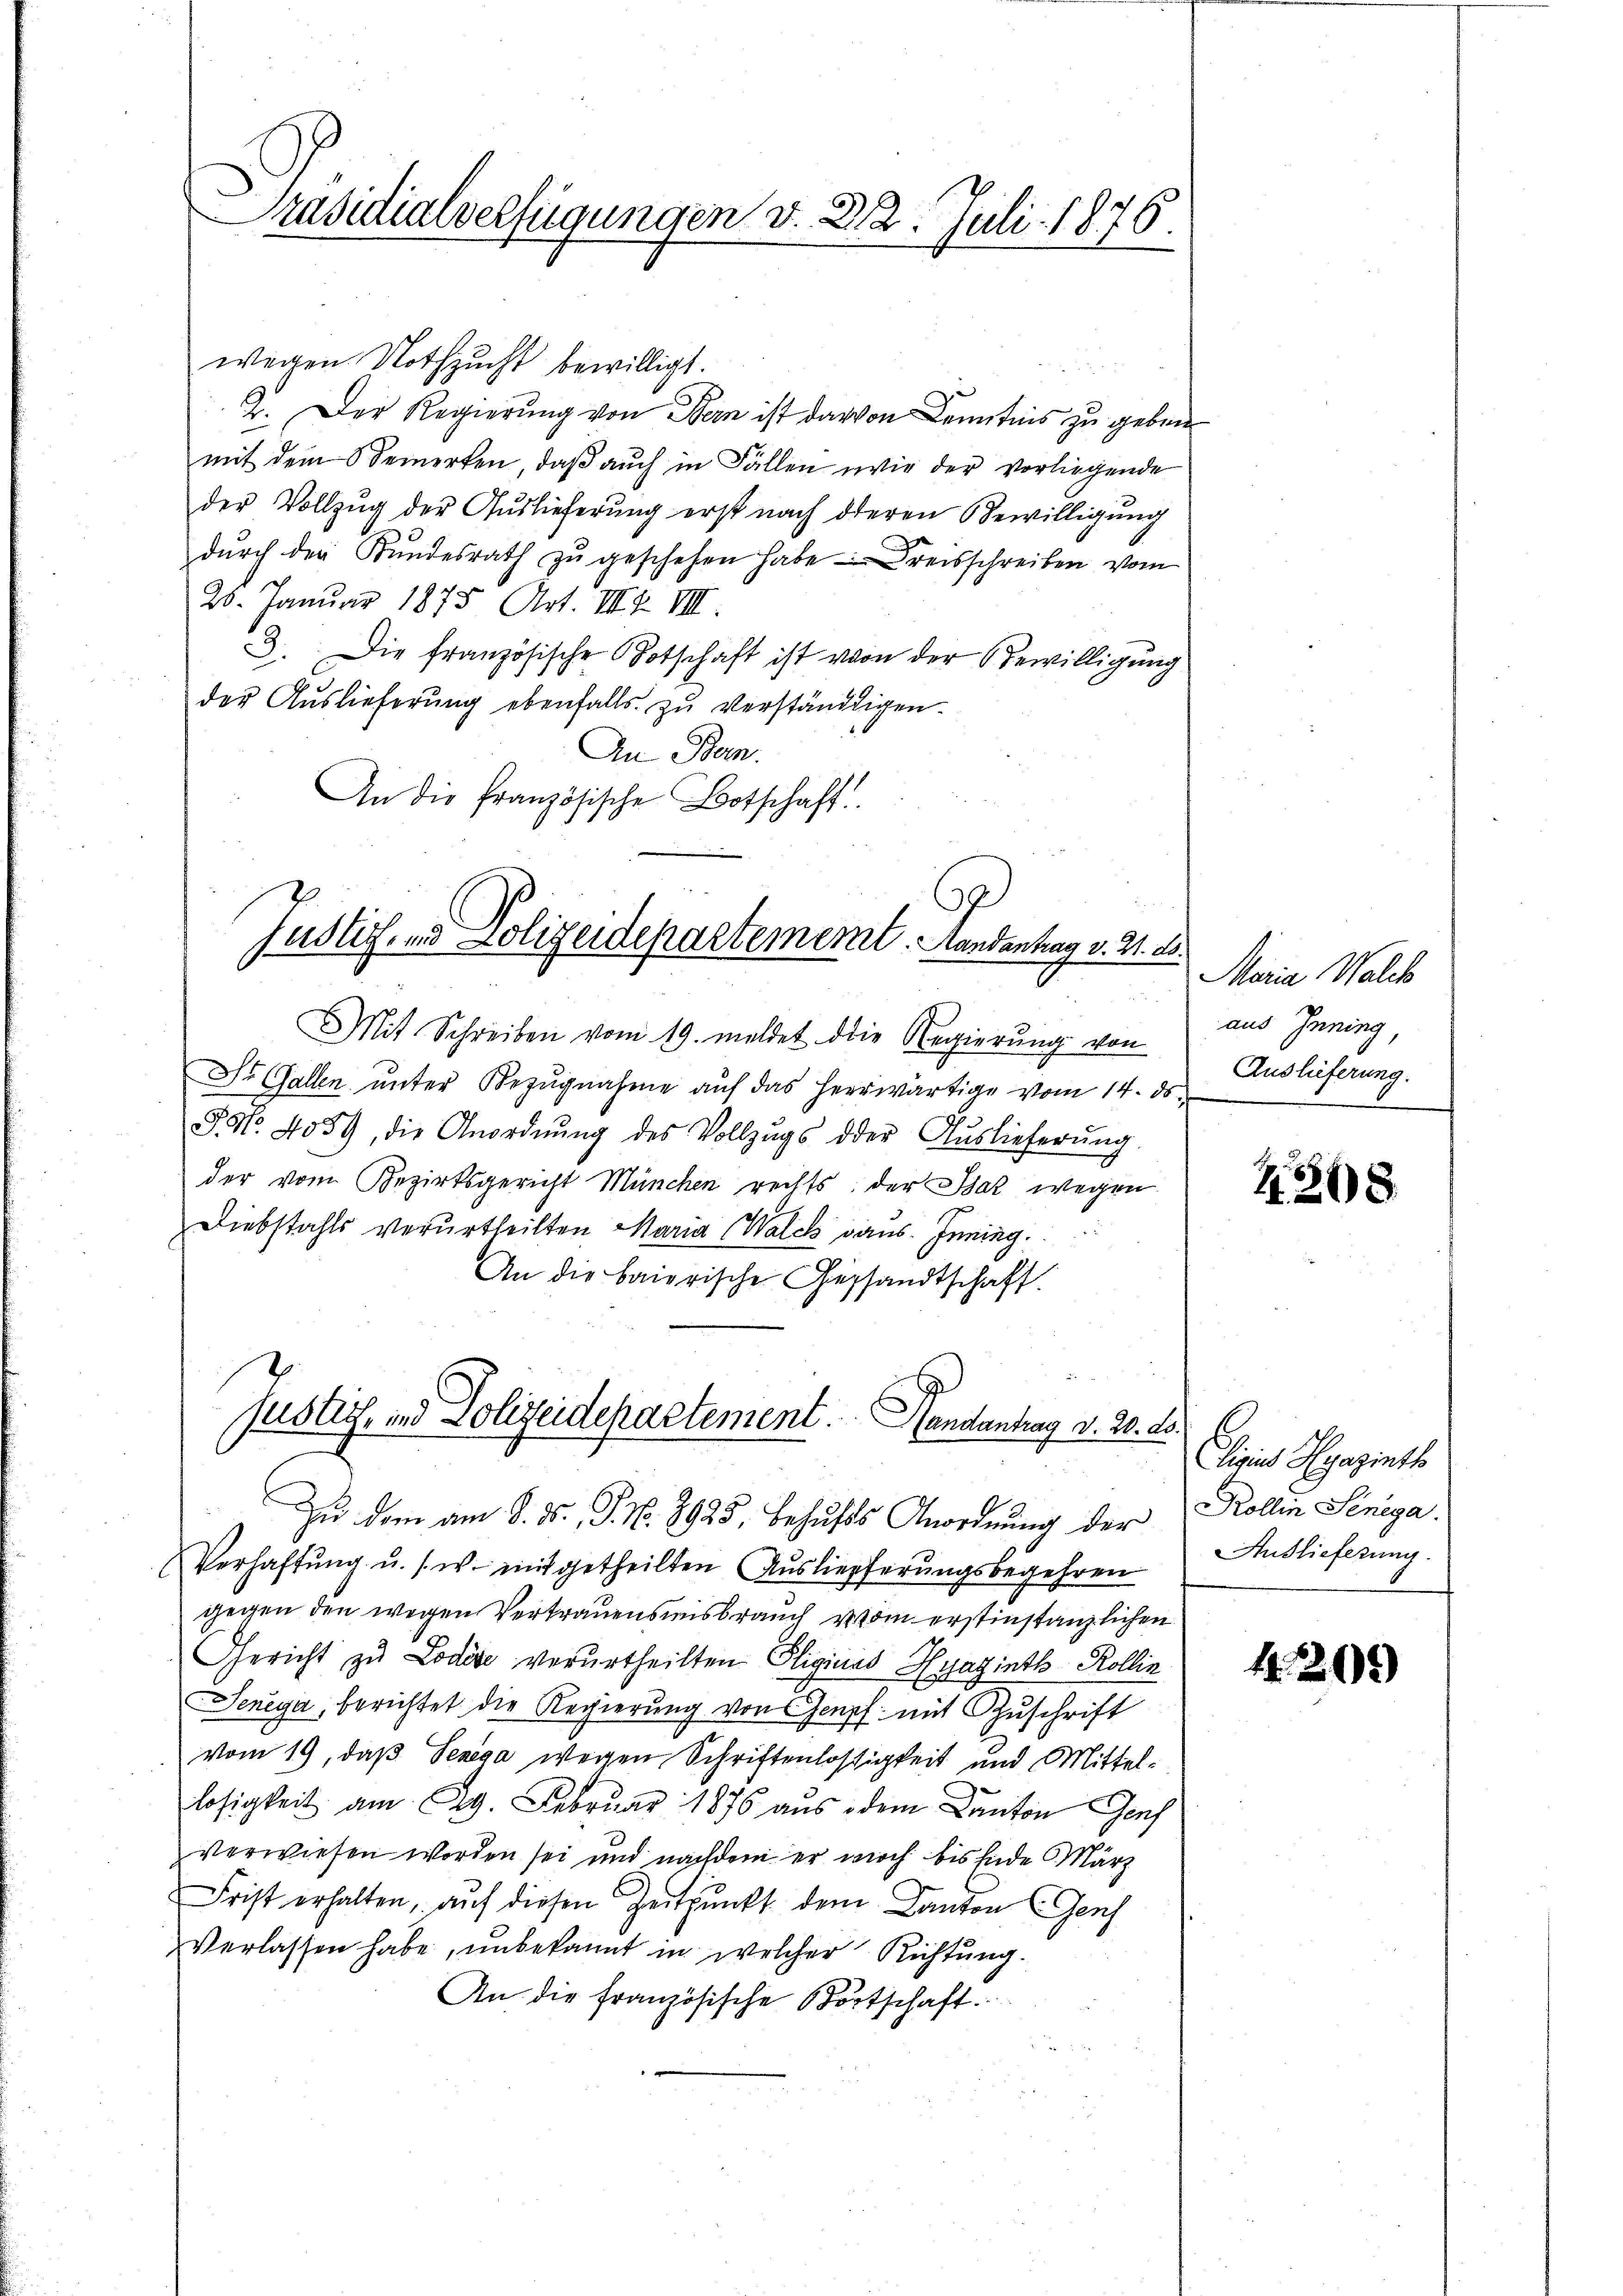
Präsidialverfügungen v. 312. Juli 1876.

wegen Nothzucht bewilligt.
2. Der Regierung von Bern ist darvon Kenntnis zu geben
mit dem Bemerken, daβ aŭch in Fällen wie der vorliegende
der Vollzug der Auslieferung erst nach deren Bewilligŭng
dŭrch der Bundesrath zŭ geschehen habe Kreisschreiben vom
26. Januar 1875 Art. VIII. VIII
3. Die französische Botschaft ist von der Bewilligung
der Auslieferung ebenfalls zŭ verständigen.
An Bun
An die französische Botschaft!
3
Justiz- und Polizeidepartement. Landantrag v. 21. ds.
Mit Schreiben vom 19. meldet die Regierung von
St. Gallen ŭnter Bezŭgnahme aŭf das Herrwärtige vom 14. ds.
J. No. 4059, die Anordnŭng des Vollzugs der Aŭslieferŭng.
der vom Bezirksgericht München rechts, der Baz wegen
Diebstahls verurtheilten Maria Walck dans Inning.
An die baierische Gesandtschaft

Justich, und Polizeidepartement. Handantrag d. 20.

Zu dem am 8. ds. J. N. 8925. Behufs Anordnung der
(Verhaftŭng u. s. w. mitgetheilten Auslieferungsbegehren
gegen den wegen Vertrauensmisbrauch vom erstinstanzlichen
Gericht zu Lodise verurtheilten Gliginas Hyaginth Kollin
Seneya, berichtet die Regierung von Gempf mit Zuschrift
vom 19, daß Senga wegen Schriftenlosigkeit und Mittellosigkeit am 29. Februar 1876 aus dem Kanton Genf
verwiesen worden sei und nachdem er noch bis Ende März
Frist erhalten, auf diesen Zeitpunkt dem Canton (Genf
Verlassen habe, unbekannt in welcher Richtung.
An die französische Bortschaft.

Maria Walch
aus Inning
Auslieferung.

Z. 208.

.
liges Hyaginth
Kollin Senega
Auslieferung.

4. 209)